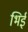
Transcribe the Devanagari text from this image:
भिई